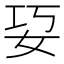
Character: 㚽